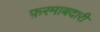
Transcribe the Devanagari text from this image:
फ़रमाबदारी